Vaccination United Provinces of Agra and Oudh 1914-1922 - 1914-1922
Year: 1914
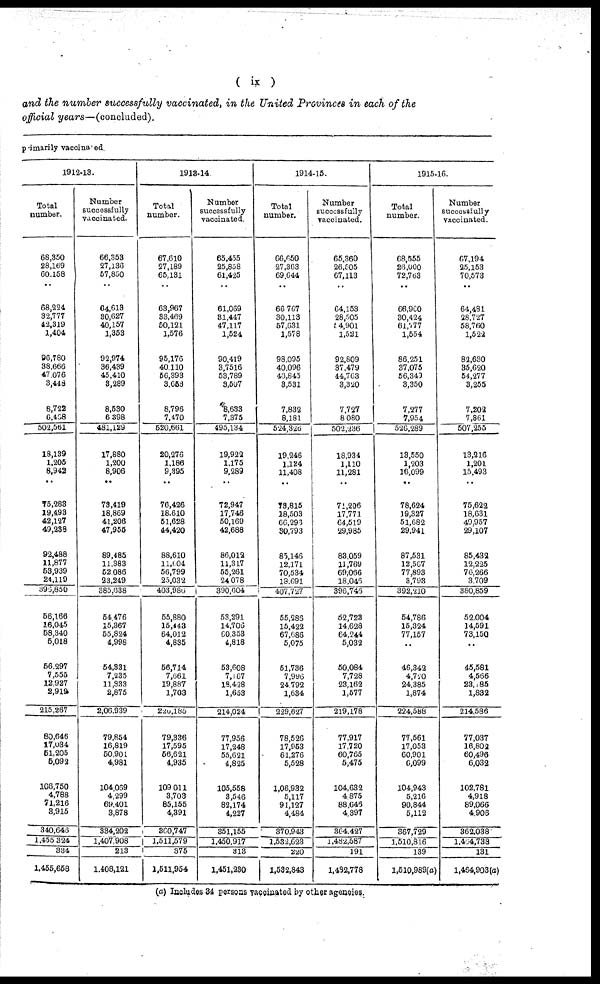
( ix )
and the number successfully vaccinated, in the United Provinces in each of the
official years—(concluded).
primarily vaccinated
1912-13.
Total
number.
68,350
28,169
60,158
68,224
32,777
42,319
1,404
96,780
38,666
47,076
3,448
8,722
6,408
502,561
18,139
1,205
8,942
..
75,283
19,493
42,127
49,238
92,488
11,877
53,939
24,119
396,850
56,166
16,045
58,340
5,018
56,297
7,555
12,927
2,919
215,267
80,646
17,034
51,205
5,092
108,750
4,788
71,216
3,915
340,646
1,455,324
384
1,455,658
Number
successfully
vaccinated.
66,353
27,136
57,850
64,613
30,627
40,157
1,353
92,974
36,439
45,410
3,289
8,530
6,398
481,129
17,880
1,200
8,906
..
73,419
18,869
41,206
47,955
89,485
11,383
52,086
23,249
365,638
54,476
15,367
55,824
4,998
54,331
7,235
11,833
2,875
2,06,939
79,854
16,819
50,901
4,981
104,069
4,299
69,401
3,878
334,202
1,407,908
213
1,408,121
1913-14
Total
number.
67,610
27,189
65,131
63,967
33,469
50,121
1,576
95,176
40,110
56,393
3,653
8,796
7,470
520,661
20,276
1,186
9,395
..
76,426
18,610
51,628
44,420
88,610
11,004
56,799
25,032
403,986
55,880
15,443
64,012
4,885
56,714
7,661
19,887
1,703
220,185
79,336
17,595
56,621
4,935
109,011
3,703
85,155
4,391
360,747
1,511,579
375
1,511,954
Number
successfully
vaccinated.
65,455
25,858
61,425
61,069
31,447
47,117
1,524
90,419
3,7516
53,789
3,507
8,633
7,375
495,134
19,922
1,175
9,289
..
72,947
17,746
50,169
42,688
86,012
11,317
55,261
24,078
390,604
53,291
14,706
00,353
4,818
53,608
7,167
18,428
1,653
214,024
77,956
17,248
55,621
4,825
105,558
3,546
82,174
4,227
351,155
1,450,917
313
1,451,230
1914-15.
Total
number.
66,650
27,363
69,644
66,767
30,113
57,631
1,578
98,095
40,096
46,845
3,531
7,832
8,181
524,326
19,246
1,124
11,408
..
73,815
18,503
66,293
30,793
85,146
12,171
70,534
18,691
407,727
55,286
15,422
67,686
5,075
51,736
7,996
24,792
1,634
229,627
78,526
17,953
61,276
5,528
1,06,932
5,117
91,127
4,484
370,943
1,532,623
220
1,532,843
Number
successfully
vaccinated.
65,360
26,505
67,113
64,153
28,505
54,901
1,521
92,809
37,479
44,763
3,320
7,727
8,080
502,236
18,934
1,110
11,281
..
71,206
17,771
64,519
29,985
83,059
11,769
69,066
18,046
396,746
52,723
14,628
64,244
5,032
50,084
7,728
23,162
1,577
219,178
77,917
17,720
60,765
5,475
104,632
4,875
88,646
4,397
364,427
1,482,587
191
1,492,778
1915-16.
Total
number.
68,555
26,000
72,763
66,900
30,424
61,777
1,554
86,251
37,075
56,340
3,350
7,277
7,954
526,289
13,550
1,203
16,099
..
78,624
19,327
51,682
29,941
87,531
12,567
77,893
3,793
392,210
54,786
15,324
77,157
..
46,342
4,720
24,385
1,874
224,588
77,561
17,053
60,901
6,099
104,943
5,216
90,844
5,112
367,729
1,510,816
139
1,510,989(a)
Number
successfully
vaccinated.
67,194
25,153
70,573
64,481
28,727
58,760
1,522
82,630
35,620
54,277
3,255
7,202
7,861
507,255
13,216
1,201
15,493
..
75,622
18,631
49,957
29,107
85,432
12,225
76,266
3,709
380,859
52,004
14,591
73,150
..
45,581
4,566
23,185
1,832
214,586
77,037
16,802
60,496
6,032
102,781
4,918
89,066
4,906
362,038
1,464,738
131
1,464,903(a)
(a) Includes 34 persons vaccinated by other agencies.